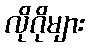
လိုဂိုများ